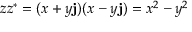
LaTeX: z z ^ { \ast } = ( x + y \mathbf { j } ) ( x - y \mathbf { j } ) = x ^ { 2 } - y ^ { 2 }